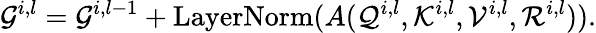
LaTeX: \mathcal{G}^{i,l}=\mathcal{G}^{i,l-1}+\mathrm{LayerNorm}(A(\mathcal{Q}^{i,l},\mathcal{K}^{i,l},\mathcal{V}^{i,l},\mathcal{R}^{i,l})).